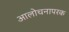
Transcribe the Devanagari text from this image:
आलोचनापरक